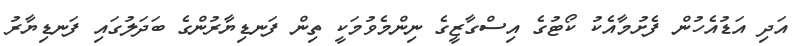
އަދި އަޑުއެހުން ފެށުމާއެކު ކޯޓުގެ އިސްގާޒީގެ ނިންމެވުމަކީ ތިން ފަނޑިޔާރުންގެ ބަދަލުގައި ފަނޑިޔާރު